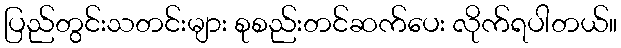
ပြည်တွင်းသတင်းများ စုစည်းတင်ဆက်ပေး လိုက်ရပါတယ်။